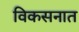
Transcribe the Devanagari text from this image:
विकसनात